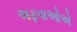
અફવાઓએ